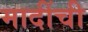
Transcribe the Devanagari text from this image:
मादींची